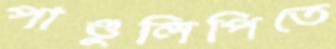
পাণ্ডুলিপিতে